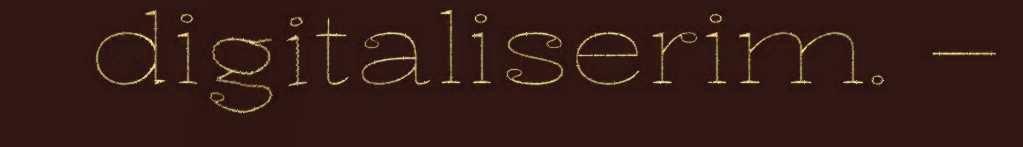
digitaliserim. –